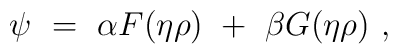
\psi~=~\alpha F (\eta \rho)~+~\beta G (\eta \rho)~,